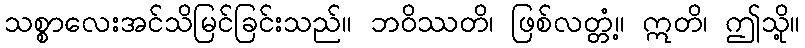
သစ္စာလေးအင်သိမြင်ခြင်းသည်။ ဘဝိဿတိ၊ ဖြစ်လတ္တံ့။ ဣတိ၊ ဤသို့။